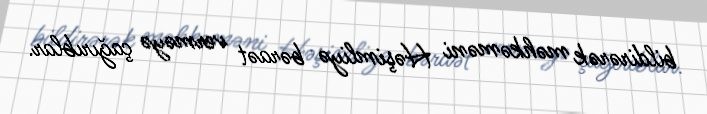
bildirərək məhkəməni Həşimliyə bəraət verməyə çağırıblar.